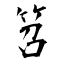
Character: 笤